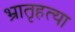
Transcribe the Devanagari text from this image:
भ्रातृहत्या